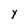
Character: Y